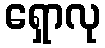
ရှောလု